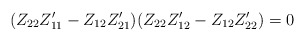
\begin{align*} (Z_{22}Z'_{11}-Z_{12}Z'_{21})(Z_{22}Z'_{12}-Z_{12}Z'_{22})=0\end{align*}